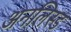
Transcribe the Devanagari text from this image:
अनलिस्ड